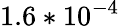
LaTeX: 1.6*10^{-4}